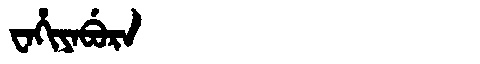
Manchu: ᠸᠠᡥᡳᠶᠠᠪᡠᡵᠠ
Romanization: WAHIYABURA